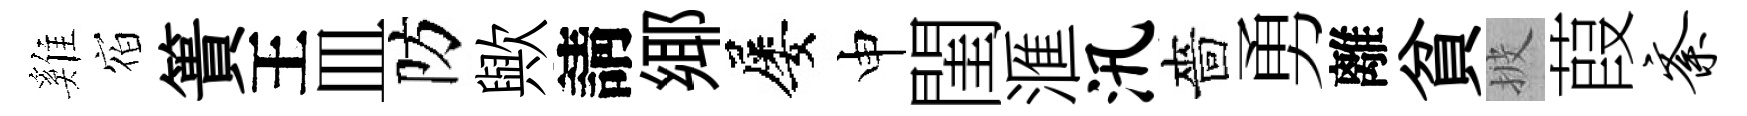
雞𪧐簣王皿防歟請鄊屡申閨滙汛嗇勇離貧披葭紊